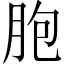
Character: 胞